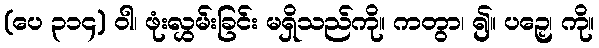
(ပေ ၃၁၄) ဝါ၊ ဖုံးလွှမ်းခြင်း မရှိသည်ကို။ ကတွာ၊ ၍။ ပဉှေ၊ ကို။